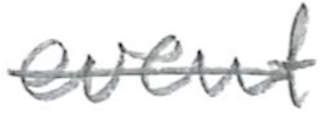
Text: event
Cross-out: single-line
Writing tool: pencil